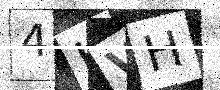
Text: 4KVH